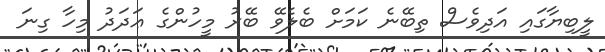
ލީބިޔާގައި އަދިވެސް ތިބޭނެ ކަމަށް ބެލެވޭ ބޭރު މީހުންގެ ޢަދަދު މިހާ ގިނަ